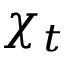
\chi _ { t }